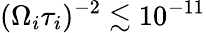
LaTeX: (\Omega_{i}\tau_{i})^{-2}\lesssim 10^{-11}